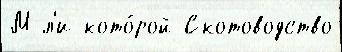
М л'и кото́рой Скотоводство